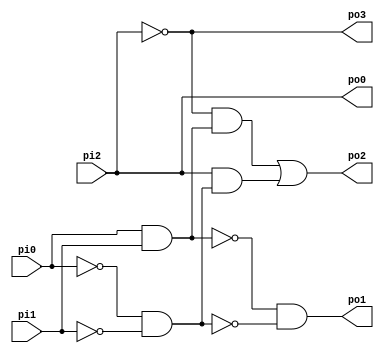
// Benchmark "b1" written by ABC on Fri Sep  1 08:34:31 2017

module b1 ( 
    pi0, pi1, pi2,
    po0, po1, po2, po3  );
  input  pi0, pi1, pi2;
  output po0, po1, po2, po3;
  wire n8, n9, n11, n12;
  assign n8 = pi0 & pi1;
  assign n9 = ~pi0 & ~pi1;
  assign po1 = ~n8 & ~n9;
  assign n11 = ~pi2 & n8;
  assign n12 = pi2 & n9;
  assign po2 = n11 | n12;
  assign po3 = ~pi2;
  assign po0 = pi2;
endmodule